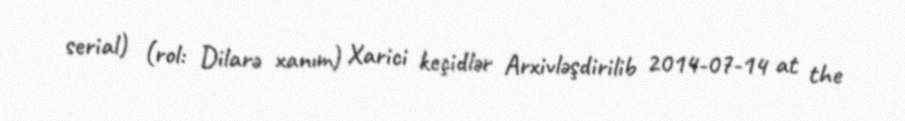
serial) (rol: Dilarə xanım) Xarici keçidlər Arxivləşdirilib 2014-07-14 at the